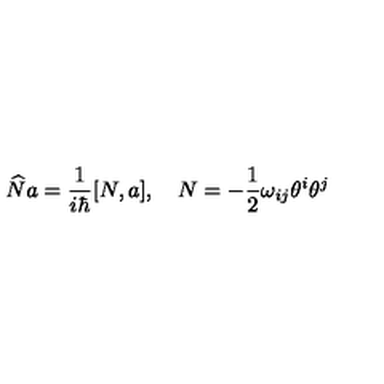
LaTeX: \widehat { N } a = \frac 1 { i \hbar } [ N , a ] , \quad N = - \frac 1 2 \omega _ { i j } \theta ^ { i } \theta ^ { j }